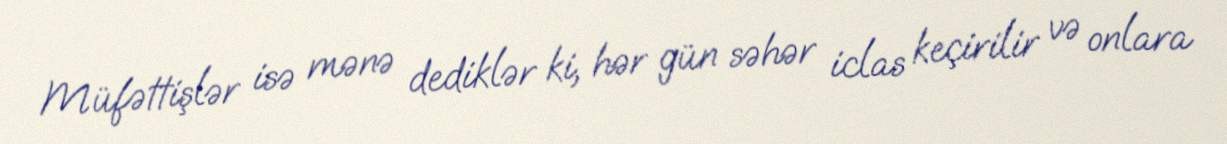
Müfəttişlər isə mənə dediklər ki, hər gün səhər iclas keçirilir və onlara